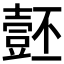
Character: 𱘡